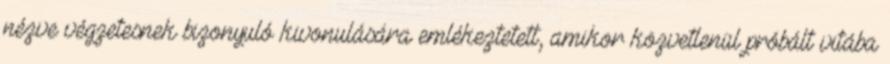
nézve végzetesnek bizonyuló kivonulására emlékeztetett, amikor közvetlenül próbált vitába